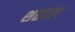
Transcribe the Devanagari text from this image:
शतदल